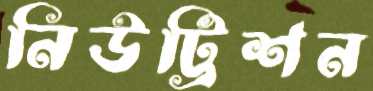
নিউট্রিশন